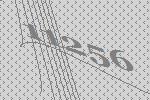
11256